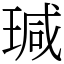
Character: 瑊